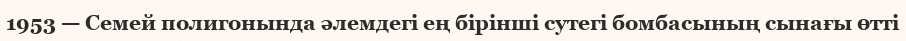
1953 — Семей полигонында әлемдегі ең бірінші сутегі бомбасының сынағы өтті